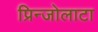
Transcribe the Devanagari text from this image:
प्रिन्जोलाटा